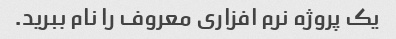
یک پروژه نرم افزاری معروف را نام ببرید.